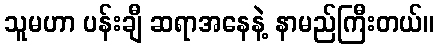
သူမဟာ ပန်းချီ ဆရာအနေနဲ့ နာမည်ကြီးတယ်။